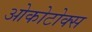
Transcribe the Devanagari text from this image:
ओकोटोक्स